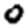
Digit: 0